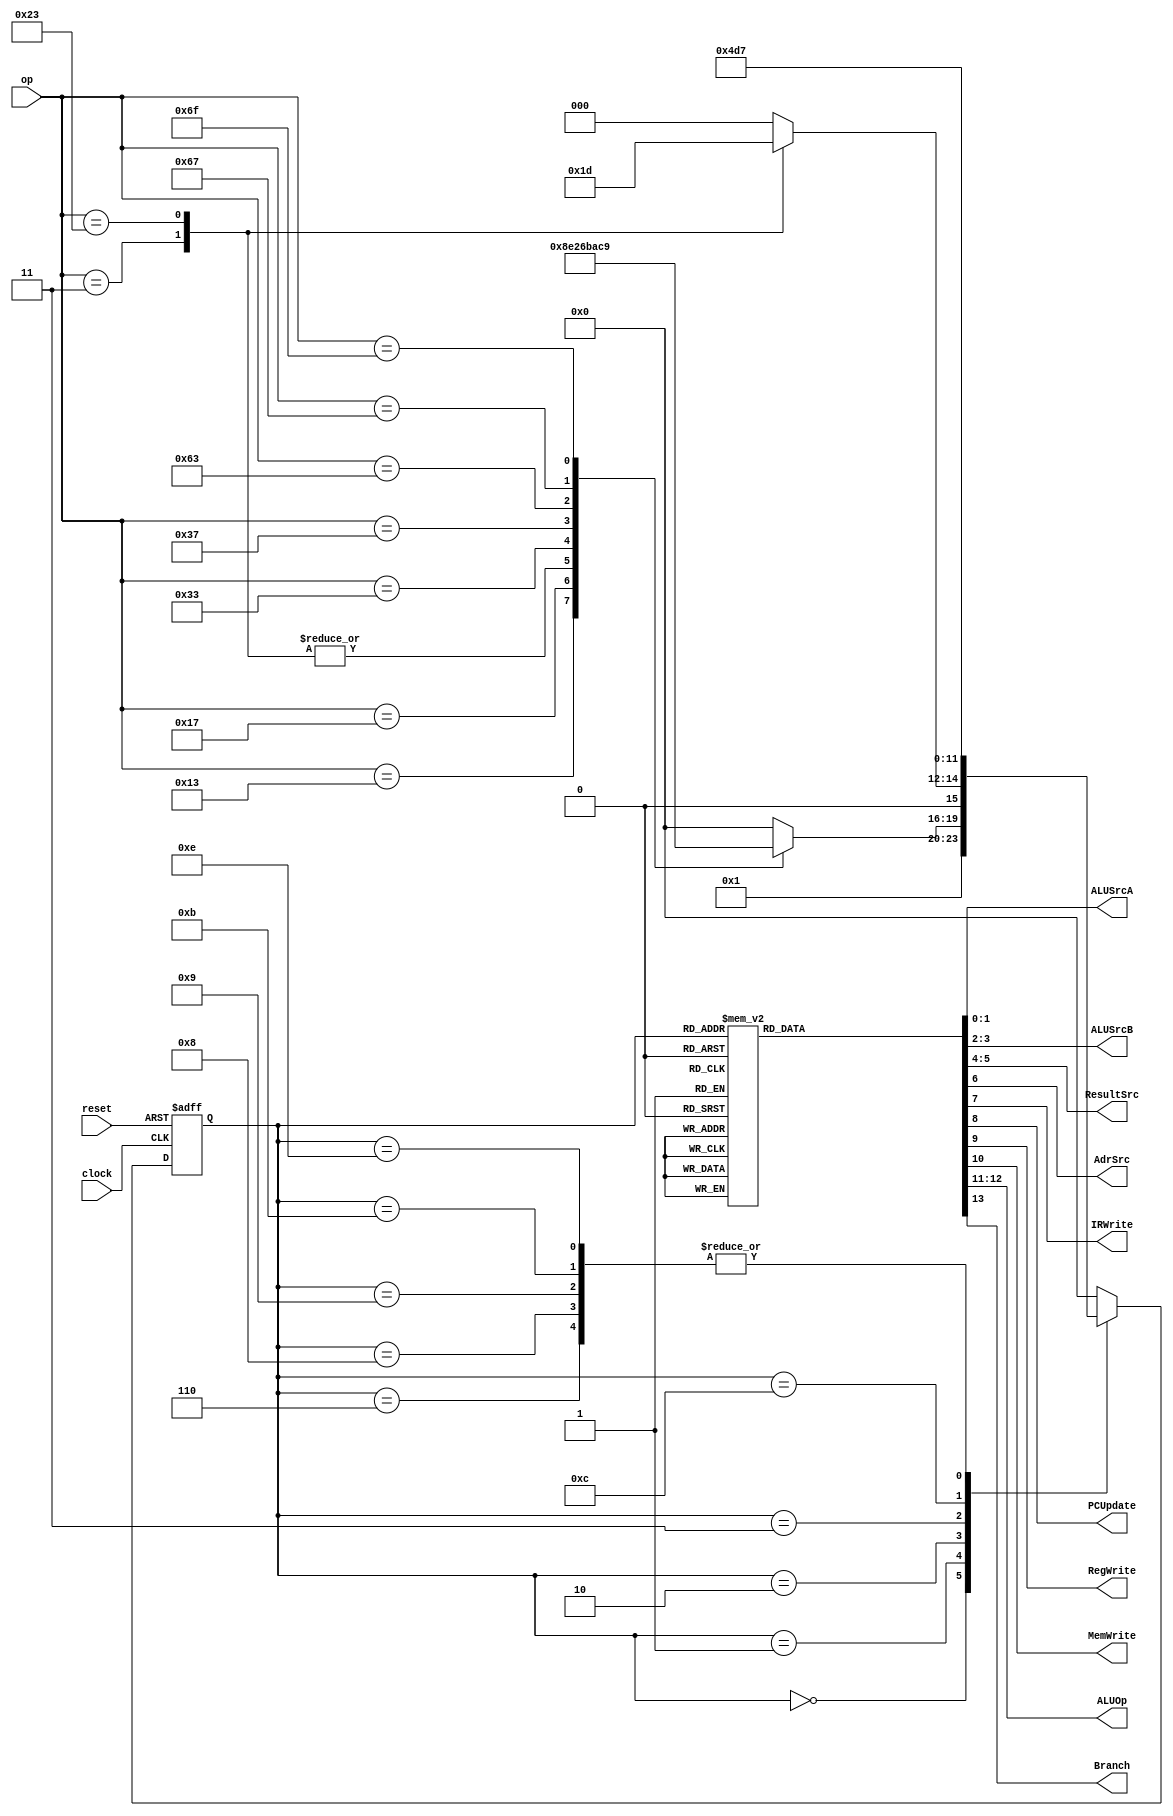
`timescale 1ns / 1ns

module main_fsm(reset,clock,op,
	       ALUSrcA,ALUSrcB,ResultSrc,AdrSrc,
	       IRWrite,PCUpdate,RegWrite, MemWrite,
               ALUOp,Branch);

   input reset;
   input clock;
   input [6:0] op;
   output reg [1:0] ALUSrcA;
   output reg [1:0] ALUSrcB;
   output reg [1:0] ResultSrc;
   output reg	AdrSrc;
   output reg	IRWrite;
   output reg	PCUpdate;
   output reg	RegWrite;
   output reg	MemWrite;
   output reg [1:0] ALUOp;
   output reg	Branch;

   parameter FETCH = 0, DECODE = 1, MEMADR = 2, MEMREAD = 3, MEMWB = 4,
     MEMWRITE = 5, EXECUTER = 6, ALUWB = 7, EXECUTEI = 8, JAL = 9,
     BEQ = 10, LUI = 11, JALR = 12, JALRWB = 13, AUIPC = 14;
   
   reg [3:0] 	state, nextstate;
  
   // current state
   always @(posedge reset, posedge clock)
     begin
	if (reset == 1)
	  state <= FETCH;
	else
	  state <= nextstate;
     end
  
   // next state logic
   always @(state,op)
		case(state)
			FETCH: nextstate <= DECODE;
			DECODE: case(op)  // Decode the opcode, op, to determine the next state
				7'b0000011: nextstate <= MEMADR;
				7'b0010011: nextstate <= EXECUTEI;
				7'b0010111: nextstate <= AUIPC;
				7'b0100011: nextstate <= MEMADR;
				7'b0110011: nextstate <= EXECUTER;
				7'b0110111: nextstate <= LUI;
				7'b1100011: nextstate <= BEQ;
				7'b1100111: nextstate <= JALR;
				7'b1101111: nextstate <= JAL;
				default: 	nextstate <= FETCH;
			endcase
			MEMADR: case (op)
				7'b0000011: nextstate <= MEMREAD; 	// load
				7'b0100011: nextstate <= MEMWRITE;	// store
				default:		nextstate <= FETCH;
			endcase
			MEMREAD: nextstate <= MEMWB;
			EXECUTER: nextstate <= ALUWB;
			EXECUTEI: nextstate <= ALUWB;
			JAL: nextstate <= ALUWB;
			LUI: nextstate <= ALUWB;
			JALR: nextstate <= JALRWB;
			AUIPC: nextstate <= ALUWB;
			default: nextstate <= FETCH;
     endcase
    
   // output logic
   // assign ALUSrcA, ALUSrcB, ResultSrc, AdrSrc, IRWrite, PCUpdate, RegWrite, MemWrite, ALUOp, Branch
   always @(state)
     case(state)
       FETCH: begin
			ALUSrcA = #5 2'b00;
			ALUSrcB = #5 2'b10;
			ResultSrc = #5 2'b10;
			AdrSrc = #5 0;
			IRWrite = #5 1;
			PCUpdate = #5 1;
			RegWrite = #5 0;
			MemWrite = #5 0;
			ALUOp = #5 2'b00;
			Branch = #5 0;
		 end
       DECODE: begin
			ALUSrcA = #5 2'b01;
			ALUSrcB = #5 2'b01;
			ResultSrc = #5 2'b00;
			AdrSrc = #5 0;
			IRWrite = #5 0;
			PCUpdate = #5 0;
			RegWrite = #5 0;
			MemWrite = #5 0;
			ALUOp = #5 2'b00;
			Branch = #5 0;
		 end
       MEMADR: begin
			ALUSrcA = #5 2'b10;
			ALUSrcB = #5 2'b01;
			ResultSrc = #5 2'b00;
			AdrSrc = #5 0;
			IRWrite = #5 0;
			PCUpdate = #5 0;
			RegWrite = #5 0;
			MemWrite = #5 0;
			ALUOp = #5 2'b00;
			Branch = #5 0;
		 end
       MEMREAD: begin
			ALUSrcA = #5 2'b00;
			ALUSrcB = #5 2'b00;
			ResultSrc = #5 2'b00;
			AdrSrc = #5 1;
			IRWrite = #5 0;
			PCUpdate = #5 0;
			RegWrite = #5 0;
			MemWrite = #5 0;
			ALUOp = #5 2'b00;
			Branch = #5 0;
		 end
       MEMWB: begin
			ALUSrcA = #5 2'b00;
			ALUSrcB = #5 2'b00;
			ResultSrc = #5 2'b01;
			AdrSrc = #5 0;
			IRWrite = #5 0;
			PCUpdate = #5 0;
			RegWrite = #5 1;
			MemWrite = #5 0;
			ALUOp = #5 2'b00;
			Branch = #5 0;
		 end
       MEMWRITE: begin
			ALUSrcA = #5 2'b00;
			ALUSrcB = #5 2'b00;
			ResultSrc = #5 2'b00;
			AdrSrc = #5 1;
			IRWrite = #5 0;
			PCUpdate = #5 0;
			RegWrite = #5 0;
			MemWrite = #5 1;
			ALUOp = #5 2'b00;
			Branch = #5 0;
		 end
       EXECUTER: begin
			ALUSrcA = #5 2'b10;
			ALUSrcB = #5 2'b00;
			ResultSrc = #5 2'b00;
			AdrSrc = #5 0;
			IRWrite = #5 0;
			PCUpdate = #5 0;
			RegWrite = #5 0;
			MemWrite = #5 0;
			ALUOp = #5 2'b10;
			Branch = #5 0;
		 end
       ALUWB: begin
			ALUSrcA = #5 2'b00;
			ALUSrcB = #5 2'b00;
			ResultSrc = #5 2'b00;
			AdrSrc = #5 0;
			IRWrite = #5 0;
			PCUpdate = #5 0;
			RegWrite = #5 1;
			MemWrite = #5 0;
			ALUOp = #5 2'b00;
			Branch = #5 0;
		 end
       EXECUTEI: begin
			ALUSrcA = #5 2'b10;
			ALUSrcB = #5 2'b01;
			ResultSrc = #5 2'b00;
			AdrSrc = #5 0;
			IRWrite = #5 0;
			PCUpdate = #5 0;
			RegWrite = #5 0;
			MemWrite = #5 0;
			ALUOp = #5 2'b10;
			Branch = #5 0;
		 end
       JAL: begin
			ALUSrcA = #5 2'b01;
			ALUSrcB = #5 2'b10;
			ResultSrc = #5 2'b00;
			AdrSrc = #5 0;
			IRWrite = #5 0;
			PCUpdate = #5 1;
			RegWrite = #5 0;
			MemWrite = #5 0;
			ALUOp = #5 2'b00;
			Branch = #5 0;
		 end
       BEQ: begin  // branch
			ALUSrcA = #5 2'b10;
			ALUSrcB = #5 2'b00;
			ResultSrc = #5 2'b00;
			AdrSrc = #5 0;
			IRWrite = #5 0;
			PCUpdate = #5 0;
			RegWrite = #5 0;
			MemWrite = #5 0;
			ALUOp = #5 2'b01;
			Branch = #5 1;
		 end
       LUI: begin
			ALUSrcA = #5 2'b11;
			ALUSrcB = #5 2'b01;
			ResultSrc = #5 2'b00;
			AdrSrc = #5 0;
			IRWrite = #5 0;
			PCUpdate = #5 0;
			RegWrite = #5 0;
			MemWrite = #5 0;
			ALUOp = #5 2'b00;
			Branch = #5 0;
		 end
       JALR: begin
			ALUSrcA = #5 2'b10;
			ALUSrcB = #5 2'b01;
			ResultSrc = #5 2'b10;
			AdrSrc = #5 0;
			IRWrite = #5 0;
			PCUpdate = #5 1;
			RegWrite = #5 0;
			MemWrite = #5 0;
			ALUOp = #5 2'b00;
			Branch = #5 0;
		 end
       JALRWB: begin
			ALUSrcA = #5 2'b01;
			ALUSrcB = #5 2'b10;
			ResultSrc = #5 2'b10;
			AdrSrc = #5 0;
			IRWrite = #5 0;
			PCUpdate = #5 0;
			RegWrite = #5 1;
			MemWrite = #5 0;
			ALUOp = #5 2'b00;
			Branch = #5 0;
		 end
       AUIPC: begin
			ALUSrcA = #5 2'b01;
			ALUSrcB = #5 2'b01;
			ResultSrc = #5 2'b00;
			AdrSrc = #5 0;
			IRWrite = #5 0;
			PCUpdate = #5 0;
			RegWrite = #5 0;
			MemWrite = #5 0;
			ALUOp = #5 2'b00;
			Branch = #5 0;
		 end
       default: begin
			ALUSrcA = #5 2'b00;
			ALUSrcB = #5 2'b10;
			ResultSrc = #5 2'b10;
			AdrSrc = #5 0;
			IRWrite = #5 1;
			PCUpdate = #5 1;
			RegWrite = #5 0;
			MemWrite = #5 0;
			ALUOp = #5 2'b00;
			Branch = #5 0;
		 end
     endcase
          
endmodule